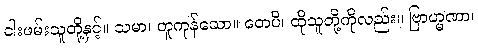
ငါးဖမ်းသူတို့နှင့်။ သမာ၊ တူကုန်သော။ တေပိ၊ ထိုသူတို့ကိုလည်း။ ဗြာဟ္မဏာ၊